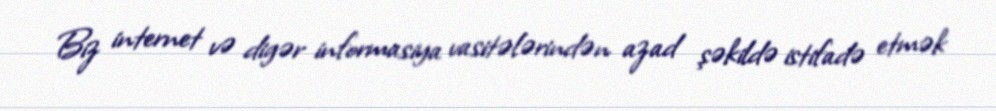
Biz internet və digər informasiya vasitələrindən azad şəkildə istifadə etmək